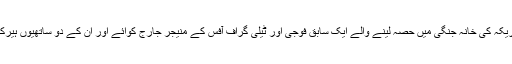
تجارتی ٹیلی فون ایکس چینج کا تصور امریکہ کی خانہ جنگی میں حصہ لینے والے ایک سابق فوجی اور ٹیلی گراف آفس کے منیجر جارج کوائے اور ان کے دو ساتھیوں ہیرک فراسٹ اور والٹر لیوس نے پیش کیا تھا۔